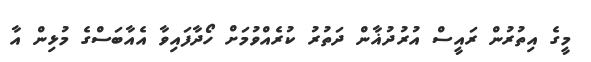
މީގެ އިތުރުން ރައީސް އުރުދުޣާން ދަތުރު ކުރެއްވުމަށް ހޯދާފައިވާ އެއާބަސްގެ މުޅިން އާ